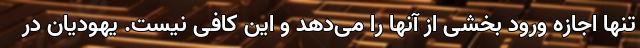
تنها اجازه ورود بخشی از آنها را می‌دهد و این کافی نیست. یهودیان در